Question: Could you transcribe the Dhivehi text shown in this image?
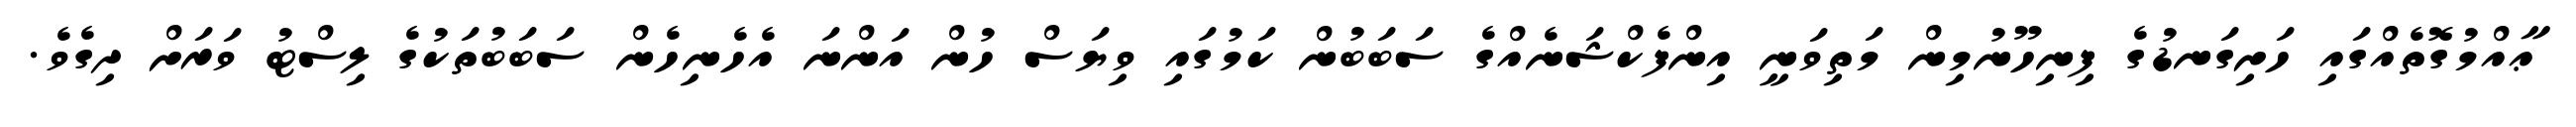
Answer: ޢާއްމުގޮތެއްގައި ހަށިގަނޑުގެ ފިނިހޫނުމިން މަތިވަނީ އިންފެކްޝަނެއްގެ ސަބަބުން ކަމުގައި ވިޔަސް ހުން އަންނަ އެހެނިހެން ސަބަބުތަކުގެ ލިސްޓު ވަރަށް ދިގެވެ.